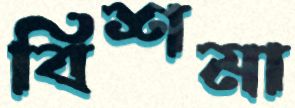
বিশমা